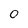
Character: 0